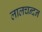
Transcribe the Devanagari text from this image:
लालचन्दन